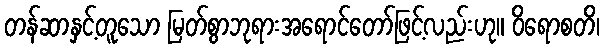
တန်ဆာနှင့်တူသော မြတ်စွာဘုရားအရောင်တော်ဖြင့်လည်းဟု။ ဝိရောစတိ၊